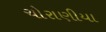
ચોરાણીયા